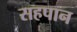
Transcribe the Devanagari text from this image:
सहपान